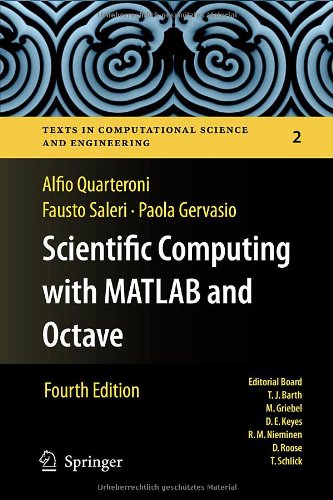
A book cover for Scientific Computing with MATLAB and Octave (Texts in Computational Science and Engineering); Alfio Quarteroni; Science & Math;